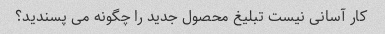
کار آسانی نیست تبلیغ محصول جدید را چگونه می پسندید؟